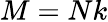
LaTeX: M=Nk